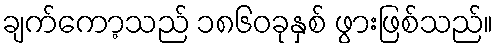
ချက်ကော့သည် ၁၈၆၀ခုနှစ် ဖွားဖြစ်သည်။